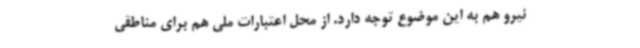
نیرو هم به این موضوع توجه دارد. از محل اعتبارات ملی هم برای مناطقی